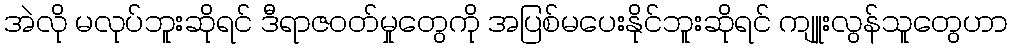
အဲလို မလုပ်ဘူးဆိုရင် ဒီရာဇဝတ်မှုတွေကို အပြစ်မပေးနိုင်ဘူးဆိုရင် ကျူုးလွန်သူတွေဟာ